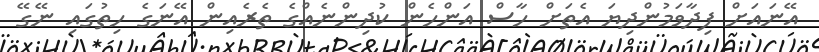
އޭނައަށް ފިދާވަމުންދިޔަ އެތަށް ހާސް އަންހެން ކުދިންނެއްގެ ތެރެއިން އޭނަގެ ހިތުގައި ނޭގޭ